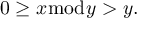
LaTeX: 0 \geq x { \bmod { y } } > y .